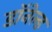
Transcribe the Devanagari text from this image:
डॉनेल्ड